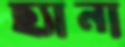
ছ্যানা